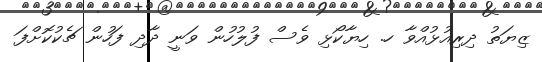
ޒިޔަތު ދިރިއުޅުއްވާ ހ. ހިޔާކޯޅި ވެސް ފުލުހުން ވަނީ ދާދި ފަހުން ޗެކުކޮށްފަ